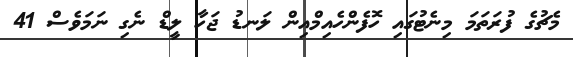
މެޗުގެ ފުރަތަމަ މިނެޓުގައި ހޮފެންހެއިމްއިން ލަނޑު ޖަހާ ލީޑް ނެގި ނަމަވެސް 41